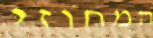
המחוזי